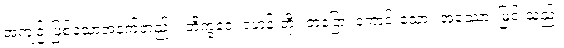
အကျဉ်းဖြစ်သောအနက်တည်း။ ဘိက္ခဝေ၊ ရဟန်းတို့။ ဘဒြော၊ ကောင်းသော။ အဿော၊ မြင်းသည်။